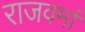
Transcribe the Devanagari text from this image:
राजवर्मा